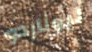
ليوناردو